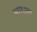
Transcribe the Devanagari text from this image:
आणाला